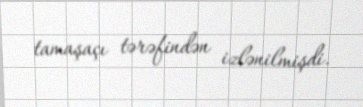
tamaşaçı tərəfindən izlənilmişdi.